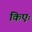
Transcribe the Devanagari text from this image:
किएः